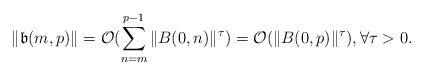
LaTeX: \begin{align*}\Vert \mathfrak b(m,p) \Vert = \mathcal {O}( \sum_{n=m}^{p-1} \Vert B(0,n) \Vert^\tau ) = \mathcal {O}(\Vert B(0,p) \Vert^\tau), \forall \tau >0. \end{align*}